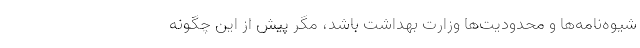
شیوه‌نامه‌ها و محدودیت‌ها وزارت بهداشت باشد، مگر پیش از این چگونه